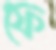
ফে